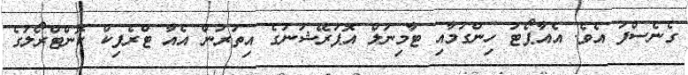
ގެނެސްފަ އެވެ. އެއާޕޯޓު ހިންގުމާއި ޓާމިނަލް އޮޕަރޭޝަނުގެ އިތުރުން އެއާ ޓްރެފިކް ކޮންޓްރޯލުގެ